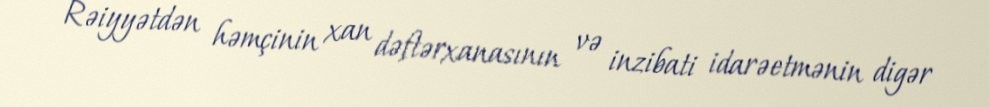
Rəiyyətdən həmçinin xan dəftərxanasının və inzibati idarəetmənin digər